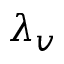
\lambda _ { v }